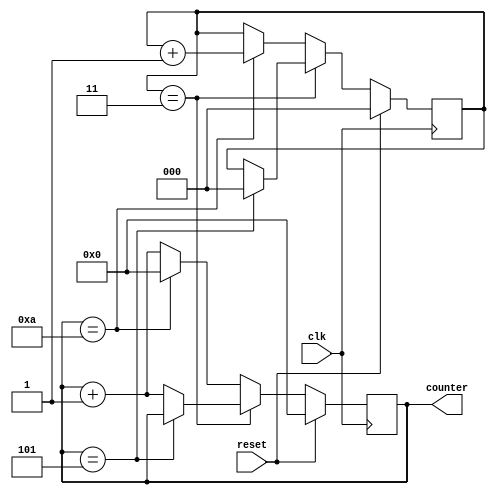
module loop_with_skip (
    input wire clk,
    input wire reset,
    output reg [7:0] counter
);

reg [2:0] state;

always @ (posedge clk) begin
    if (reset) begin
        state <= 0;
        counter <= 0;
    end else begin
        case (state)
            3: begin // Skip condition
                if (counter == 5) begin
                    state <= 0;
                end else begin
                    counter <= counter + 1;
                end
            end
            default: begin
                counter <= counter + 1;
                if (counter == 10) begin
                    counter <= 0;
                    state <= state + 1;
                end
            end
        endcase
    end
end

endmodule